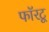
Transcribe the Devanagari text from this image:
फॉरटू